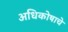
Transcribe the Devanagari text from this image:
अधिकोषाचे